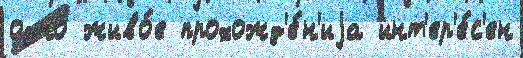
одно́ живо́е прохожд'е́н'иjа инт'ер'е́с'ен